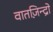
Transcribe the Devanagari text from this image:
वातज़िन्द्रो